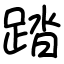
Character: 踏